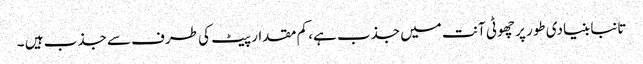
تانبا بنیادی طور پر چھوٹی آنت میں جذب ہے، کم مقدار پیٹ کی طرف سے جذب ہیں ۔